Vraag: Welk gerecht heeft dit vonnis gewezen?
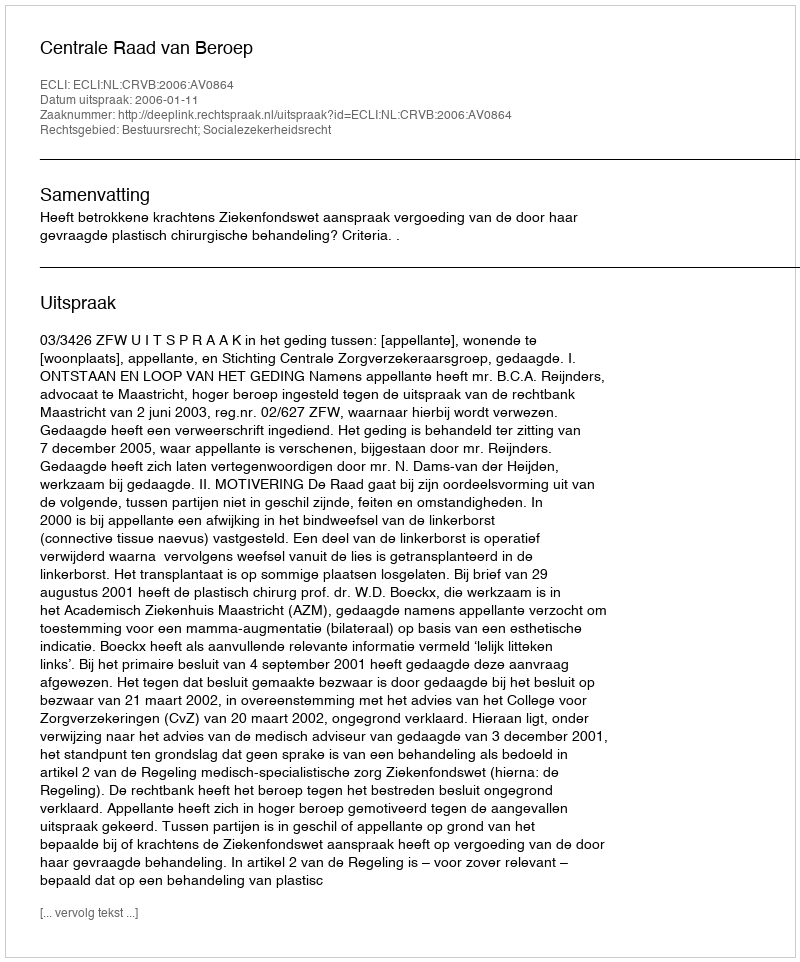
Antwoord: Centrale Raad van Beroep